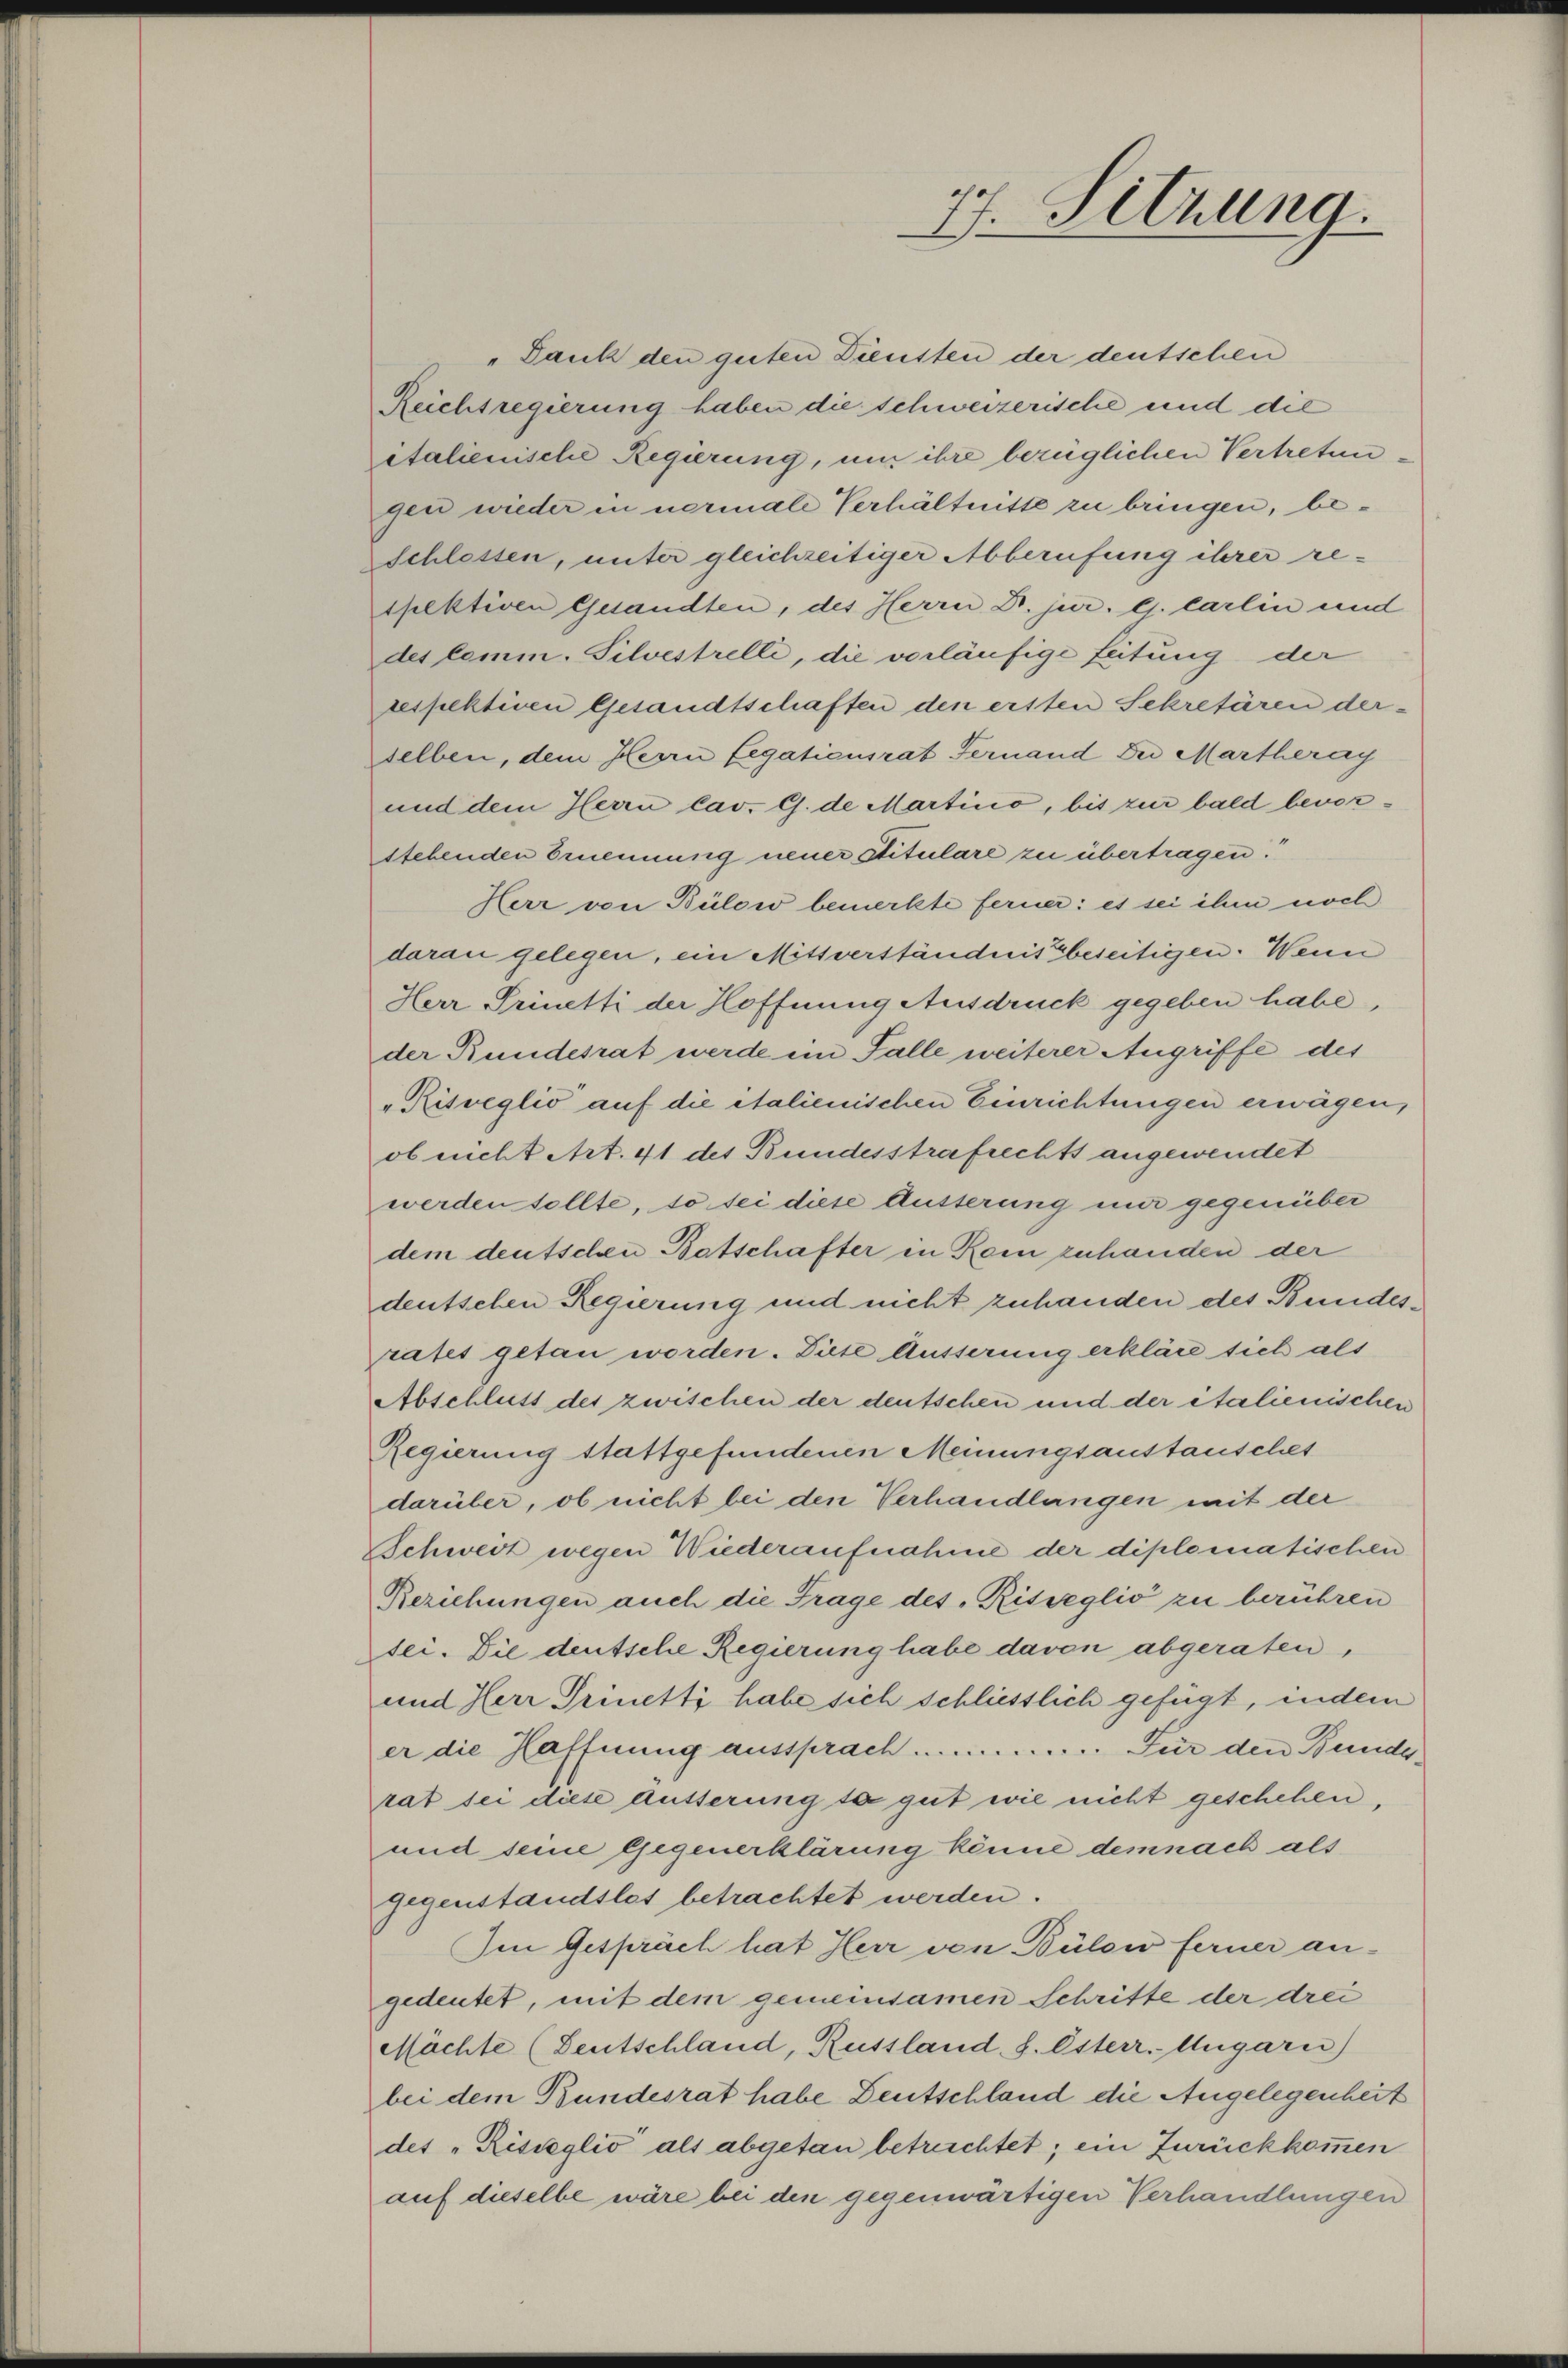
„Dank den guten Diensten der deutschen
Reicht regierung haben die schweizerische und die
italienische Regierung, um ihre bezüglichen Vertretungen wieder in nermale Verhältnisse zu bringen, be¬
Schlossen, unter gleichzeitiger Abberufung ihrer respektiven Gesandten, des Herrn Dr. jur. l. Carlin und
des lemm. Silvestrelle, die vorläufige Leitung der
respektiven Gesandtschaften den ersten Sekretären derselben, dem Herrn Legationsrat Fernand die Martheray
und dem Herrn lav. G. de Martinio, bis zur bald bevorstehenden Ernennung neuer Stitulare zu übertragen.
Herr von Bülow bemerkte ferner: es sei ihm noch
daran gelegen, ein Mittverständnis beseitigen. Wenn
Herr Prinetti der Hoffnung Ausdruck gegeben habe,
der Bundesrat werde ein Falle weiterer Angriffe des
"Risveglio auf die italienischen Einrichtungen erwägen,
ob nicht Art. 41 des Bundesstrafrechts angewendet
werden sollte, so sei diese Äusserung nur gegenüber
dem deutschen Batschafter in Kein zuhanden der
deutschen Regierung und nicht zuhanden des Bundesrates getan worden. Diese Äusserung erkläre sich als
Abschluss des zwischen der deutschen und der italienischen
Regierung stattgefundenen Meinungsanstauschet
darüber, ob nicht bei den Verhandlungen mit der
Schweiz wegen Wiederaufnahme der diplomatischen
Beziehungen auch die Frage des Risseglio zu berühren
sei. Die deutsche Regierung habe davon abgeraten,
und Herr Prinetti habe sich schliesslich gefügt, indem
er die Haffnung aussprach .............. Für den Bunde,
rat sei diese äusserung so gut wie nicht geschehen,
und seine Gegenerklärung könne demnach als
Gegenstandslos betrachtet werden.
Im Gespräch hat Herr von Bülow ferner angedeutet, mit dem gemeinsamen Schritte der drei
Mächte (Lentschland, Russland, s. Esterr. Ungarn)
bei dem Bundesrat habe Deutschland die Angelegenheit
des "Risseglio als abgetan betreichtet; ein Zurückkommen
auf dieselbe wäre bei den gegenwärtigen Verhandlungen

7. Sitzung.